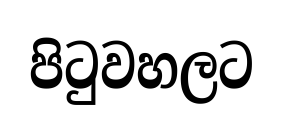
පිටුවහලට